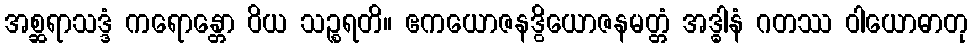
အစ္ဆရာသဒ္ဒံ ကရောန္တော ဝိယ သဉ္စရတိ။ ဧကယောဇနဒွိယောဇနမတ္တံ အဒ္ဓါနံ ဂတဿ ဝါယောဓာတု